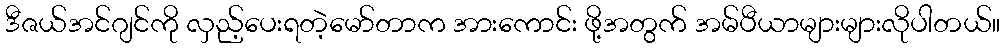
ဒီဇယ်အင်ဂျင်ကို လှည့်ပေးရတဲ့မော်တာက အားကောင်း ဖို့အတွက် အမ်ပီယာများများလိုပါတယ်။